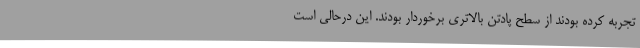
تجربه کرده بودند از سطح پادتن بالاتری برخوردار بودند. این درحالی است